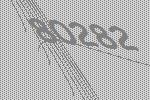
80282